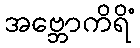
အဗ္ဘောကိရိံ